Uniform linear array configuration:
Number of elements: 4
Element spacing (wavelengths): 1
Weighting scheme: cosine
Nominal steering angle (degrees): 45
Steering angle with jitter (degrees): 44.134
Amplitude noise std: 0.05
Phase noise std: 0.05

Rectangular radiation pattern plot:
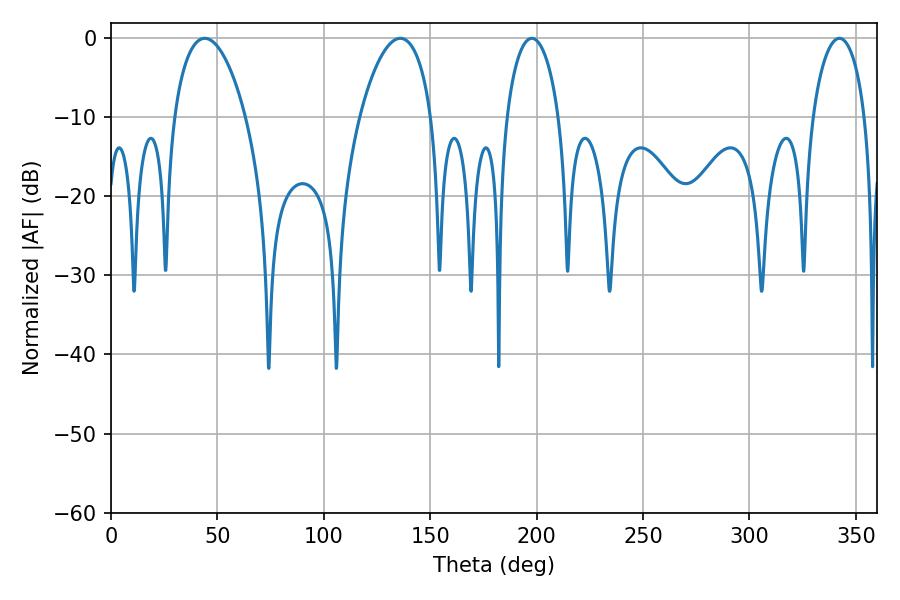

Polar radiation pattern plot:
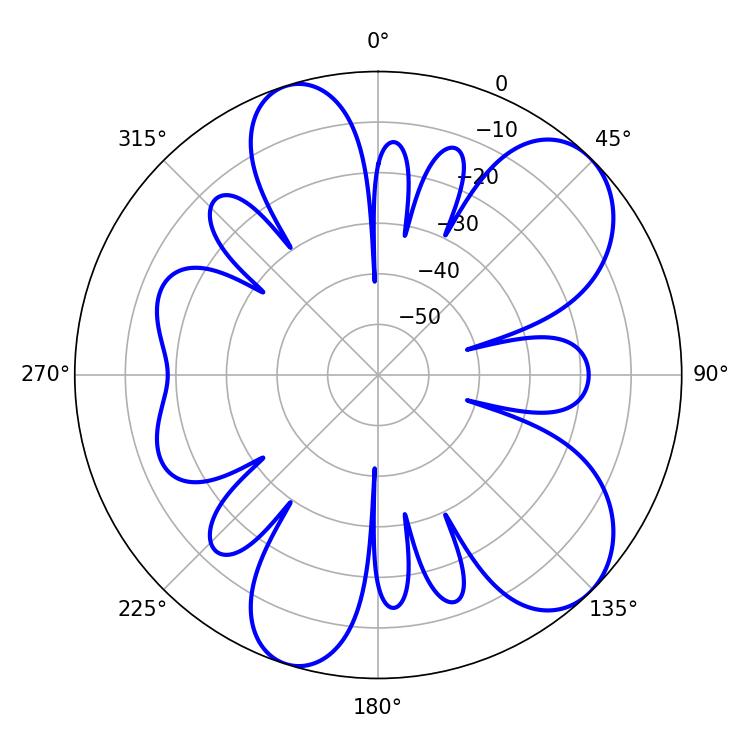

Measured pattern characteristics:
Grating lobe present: TRUE
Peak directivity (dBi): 8.194
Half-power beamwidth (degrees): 19.08
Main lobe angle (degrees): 44.1